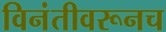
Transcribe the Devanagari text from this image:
विनंतीवरूनच